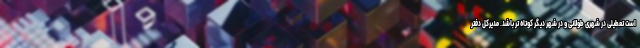
است تعطیلی در شهری طولانی و در شهر دیگر کوتاه تر باشد. مدیرکل دفتر